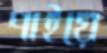
পাইয়ে